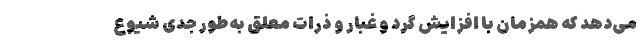
می‌دهد که همزمان با افزایش گرد و غبار و ذرات معلق به‌طور جدی شیوع